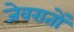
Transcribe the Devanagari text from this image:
जेवरातों